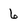
Character: 6